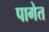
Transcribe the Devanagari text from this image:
पागेत